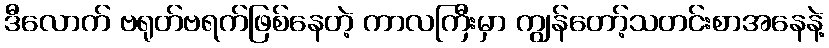
ဒီလောက် ဗရုတ်ဗရက်ဖြစ်နေတဲ့ ကာလကြီးမှာ ကျွန်တော့်သတင်းစာအနေနဲ့